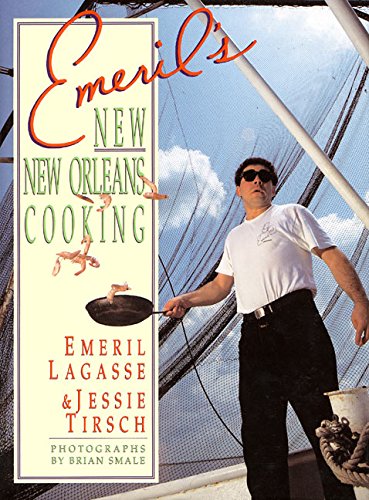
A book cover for Emeril's New New Orleans Cooking; Emeril Lagasse; Cookbooks, Food & Wine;